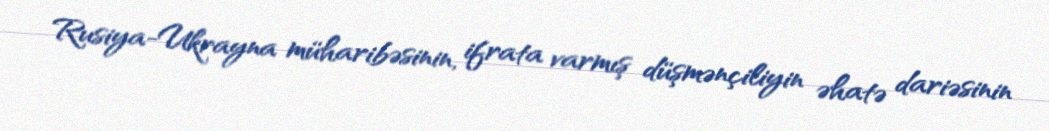
Rusiya-Ukrayna müharibəsinin, ifrata varmış düşmənçiliyin əhatə dariəsinin